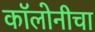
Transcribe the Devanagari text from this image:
कॉलोनीचा